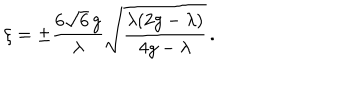
\xi = \pm \frac { 6 \sqrt { 6 } \, g } { \lambda } \sqrt { \frac { \lambda ( 2 g - \lambda ) } { 4 g - \lambda } } \, .